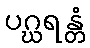
ပဂ္ဃရန္တံ